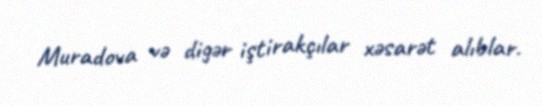
Muradova və digər iştirakçılar xəsarət alıblar.